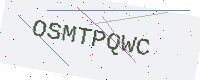
Text: OSMTPQWC